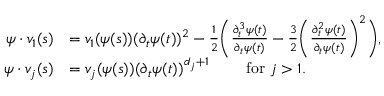
\begin{array} { r l } { \psi \cdot v _ { 1 } ( s ) } & { = v _ { 1 } ( \psi ( s ) ) ( \partial _ { t } \psi ( t ) ) ^ { 2 } - \frac { 1 } { 2 } \bigg ( \frac { \partial _ { t } ^ { 3 } \psi ( t ) } { \partial _ { t } \psi ( t ) } - \frac { 3 } { 2 } \bigg ( \frac { \partial _ { t } ^ { 2 } \psi ( t ) } { \partial _ { t } \psi ( t ) } \bigg ) ^ { 2 } \bigg ) , } \\ { \psi \cdot v _ { j } ( s ) } & { = v _ { j } ( \psi ( s ) ) ( \partial _ { t } \psi ( t ) ) ^ { d _ { j } + 1 } \qquad \mathrm { ~ f o r ~ } j > 1 . } \end{array}